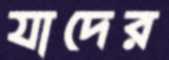
যাদের